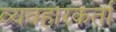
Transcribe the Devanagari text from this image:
व्यवहारकर्ता